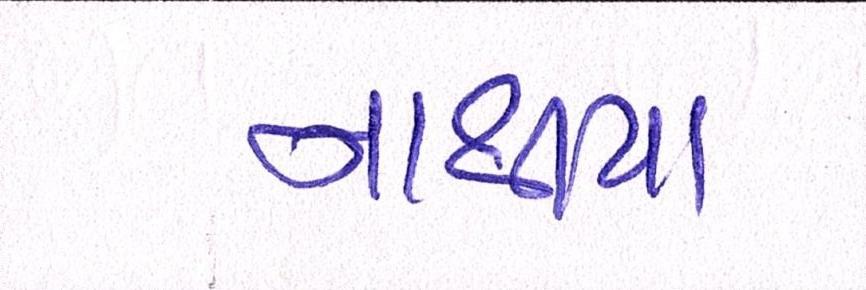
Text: નાથીયા